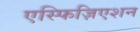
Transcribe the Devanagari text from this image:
एस्फिज़िएशन